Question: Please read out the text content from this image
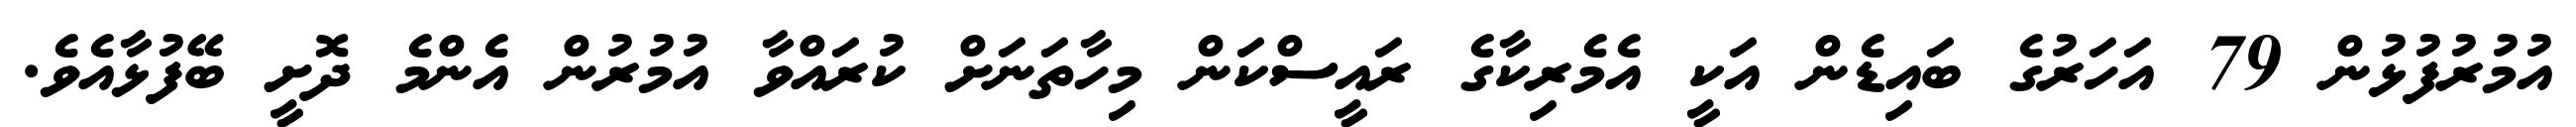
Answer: އުމުރުފުޅުން 79 އަހަރުގެ ބައިޑެން އަކީ އެމެރިކާގެ ރައީސްކަން މިހާތަނަށް ކުރައްވާ އުމުރުން އެންމެ ދޮށީ ބޭފުޅާއެވެ.